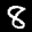
Label: 8